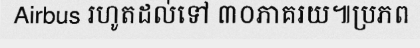
Airbus រហូតដល់ទៅ ៣០ភាគរយ៕ប្រភព